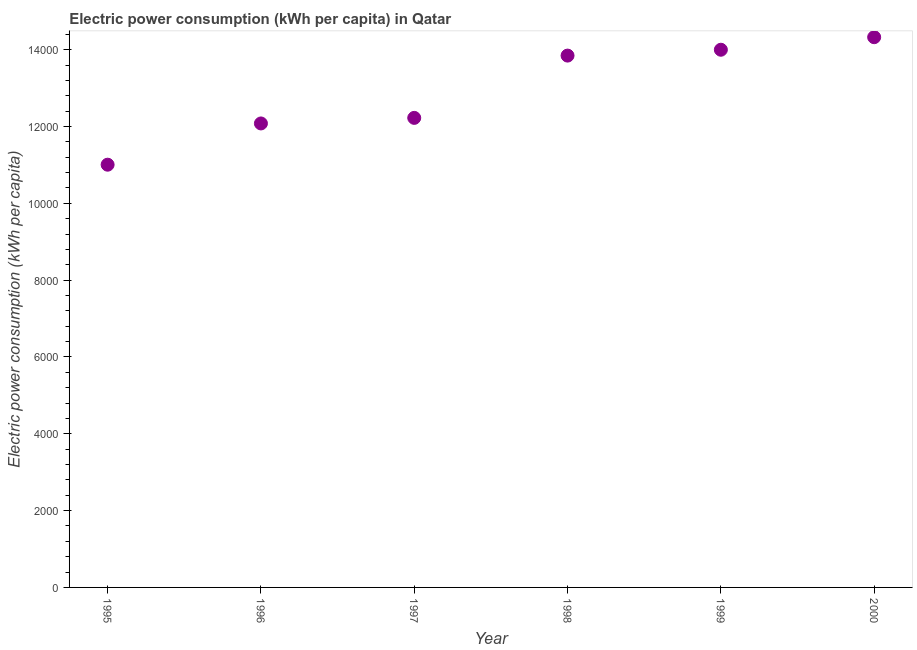
| Year | Electric power consumption |
 | --- | --- |
 | 1995 | 1.1e+04 |
 | 1996 | 1.21e+04 |
 | 1997 | 1.22e+04 |
 | 1998 | 1.38e+04 |
 | 1999 | 1.4e+04 |
 | 2000 | 1.43e+04 |